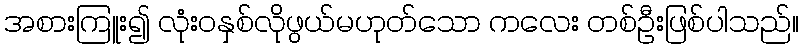
အစားကြူး၍ လုံးဝနှစ်လိုဖွယ်မဟုတ်သော ကလေး တစ်ဦးဖြစ်ပါသည်။